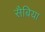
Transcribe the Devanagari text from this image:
सैबिया